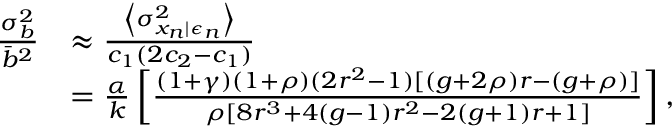
\begin{array} { r l } { \frac { \sigma _ { b } ^ { 2 } } { \bar { b } ^ { 2 } } } & { \approx \frac { \left\langle \sigma _ { x _ { n } | \epsilon _ { n } } ^ { 2 } \right\rangle } { c _ { 1 } ( 2 c _ { 2 } - c _ { 1 } ) } } \\ & { = \frac { \alpha } { k } \left[ \frac { ( 1 + \gamma ) ( 1 + \rho ) ( 2 r ^ { 2 } - 1 ) [ ( g + 2 \rho ) r - ( g + \rho ) ] } { \rho [ 8 r ^ { 3 } + 4 ( g - 1 ) r ^ { 2 } - 2 ( g + 1 ) r + 1 ] } \right] , } \end{array}